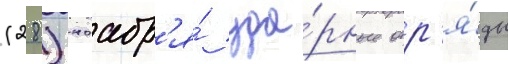
(28) ноабр'я́ уда́рные отр'я́ды